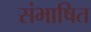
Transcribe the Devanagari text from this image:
संभाषित